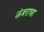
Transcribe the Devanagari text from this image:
ऊंबराचा